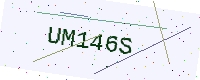
Text: UM146S